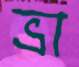
ভ্রা